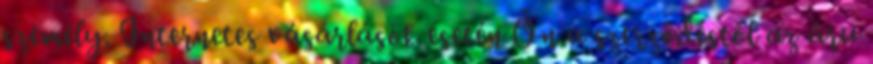
személy. Internetes vásárlások esetén Ön a szerződéstől az áru